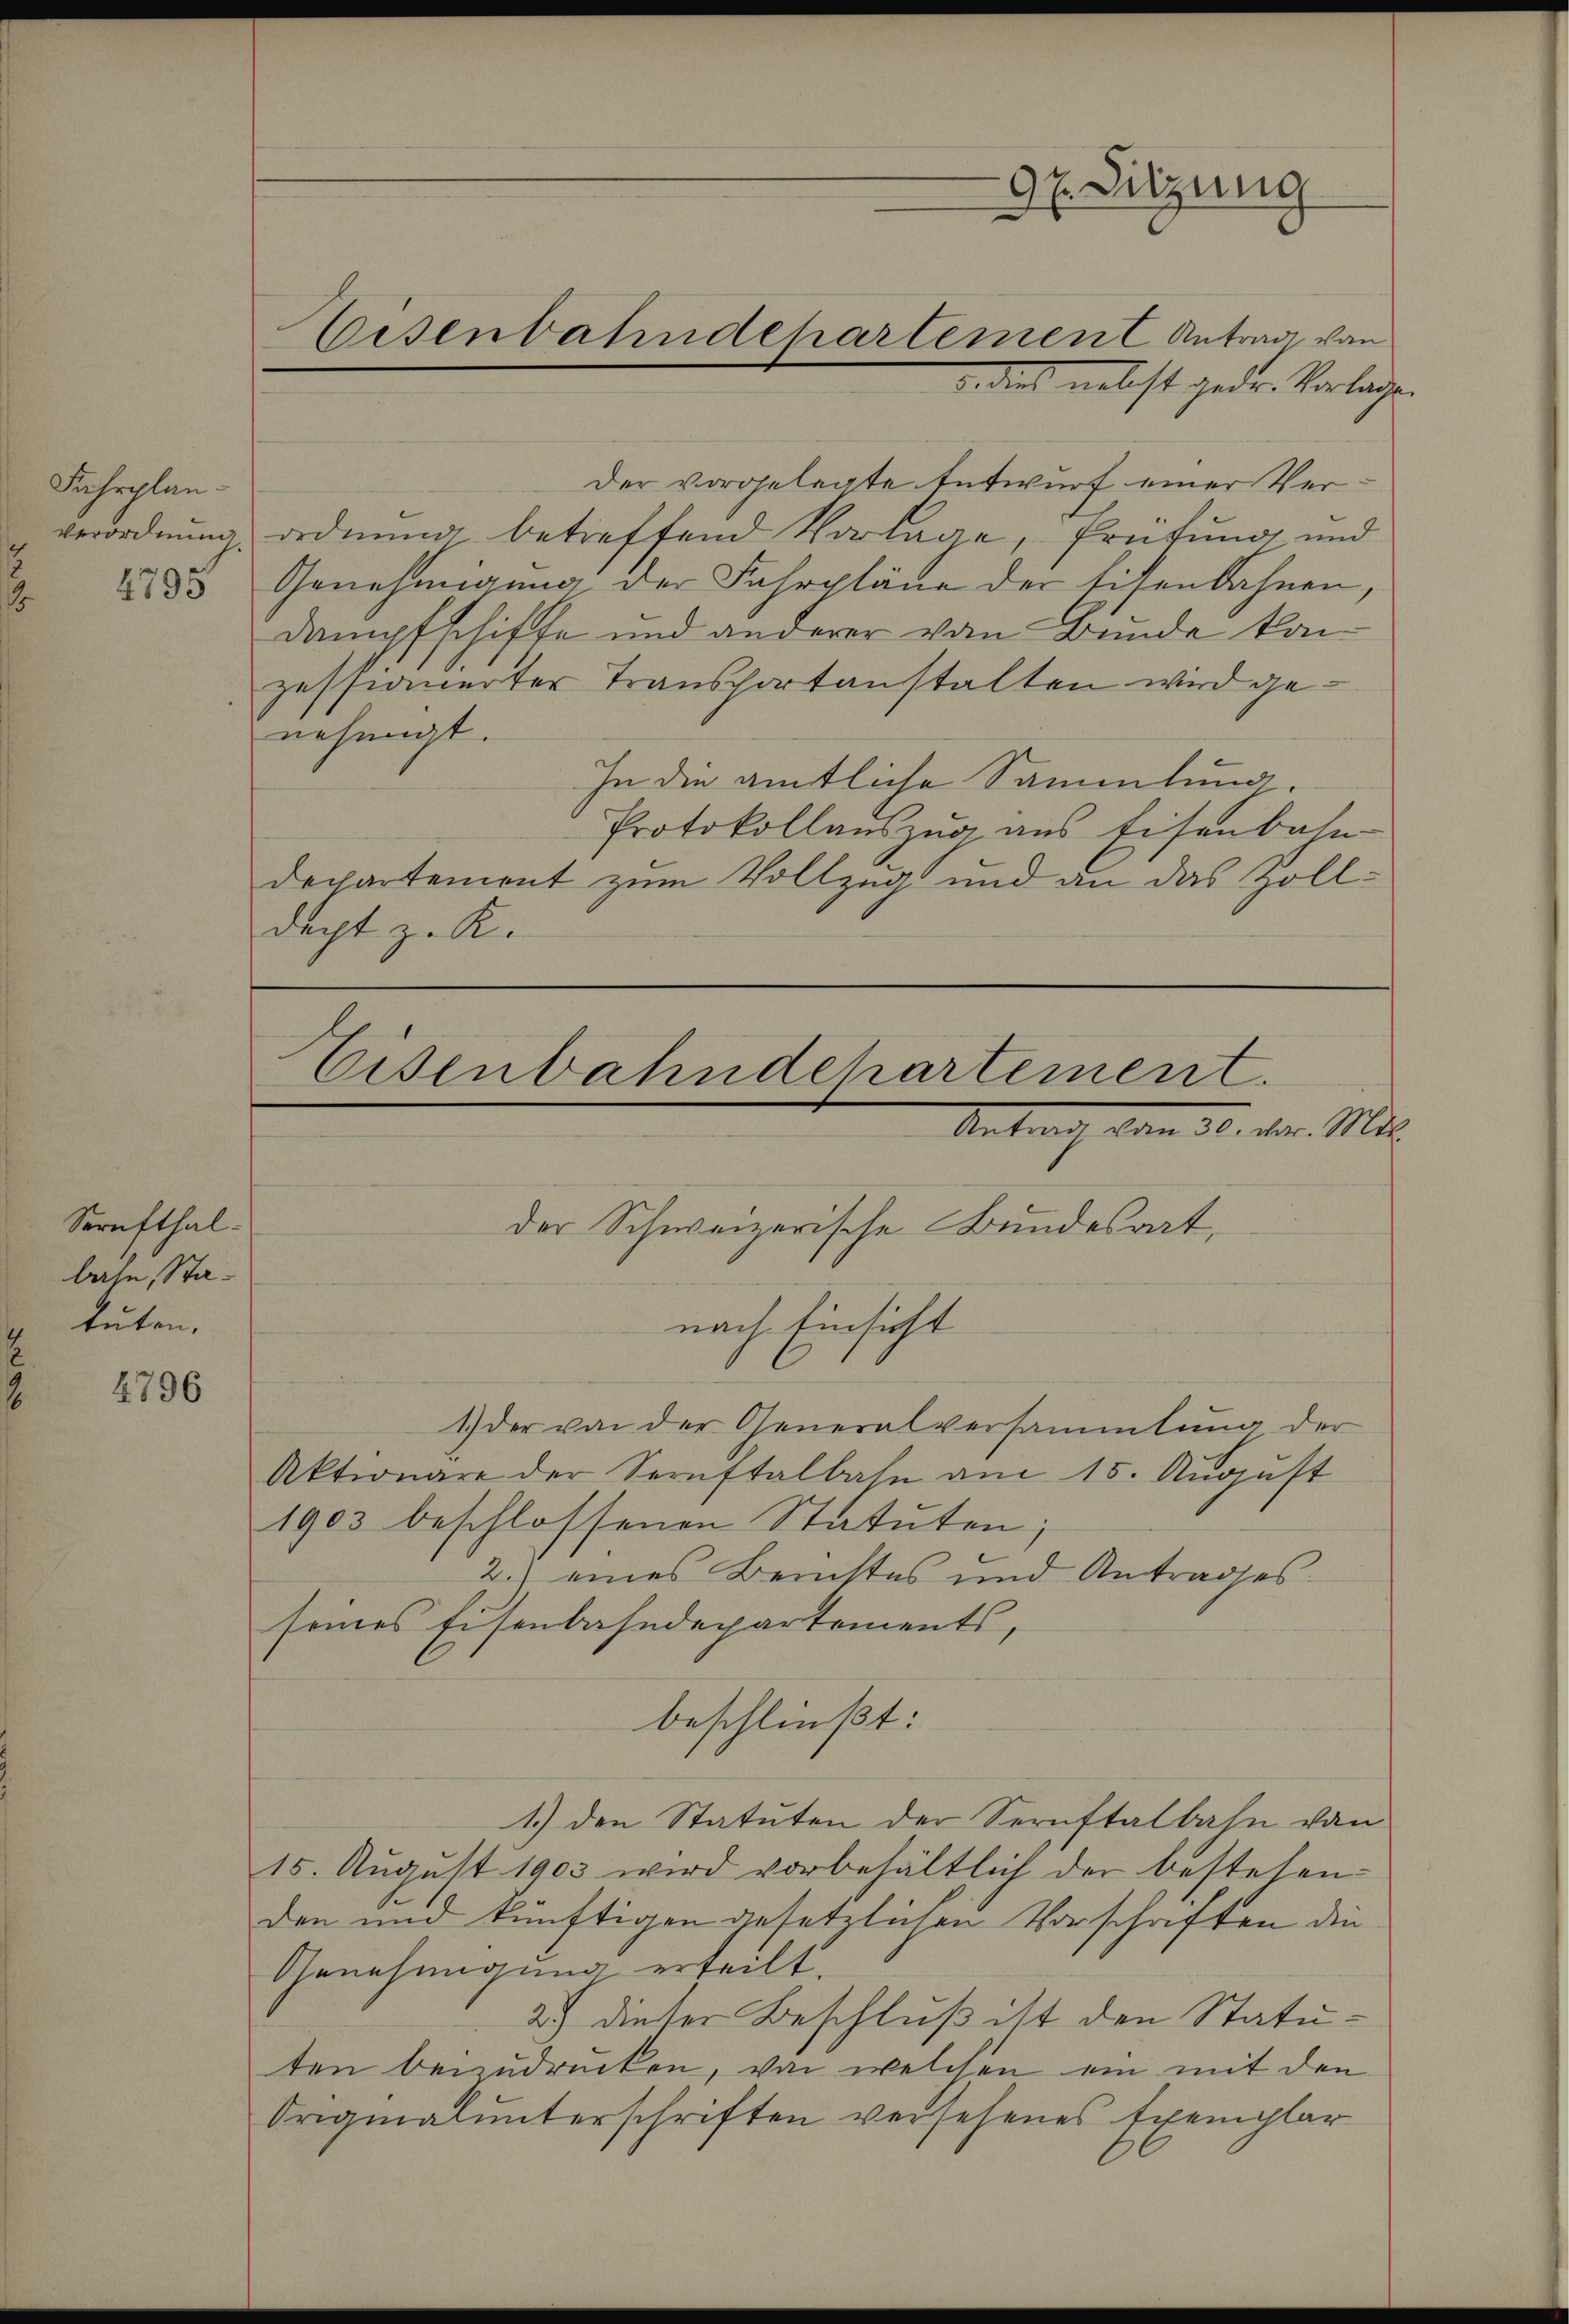
Fahrplan¬
Verordnung.
2795
1

Serufthal-
bahn, Statuten.

4796

d. dies nebst gedr. Vorlage.
Der vorgelegte Entwurf einer Verordnung betreffend Vorlage, Prüfung und
Genehmigung der Fahrpläne der Eisenbahnen,
Dampfschiffe und anderer von Bunde kan
zessiauerter Transportanstalten wird genehmigt.
In die amtliche Sammlung.
Protokollauszug aus Eisenbahn
departement zum Vollzug und an das Zolldacht z. K.

Eisenbahndepartement Antrag von

97. Sitzung

der Schweizerische Bundesrat,
nach Einsicht
1) der von der Generalversammlung der
Aktionare der Sernstalbahn am 15. August
1903 beschlossenen Statuten;
2.) eines Berichtes und Antrages
seines Eisenbahndepartements,
beschließt:
1.) den Statuten der Sernstalbahn von
15. Aŭgŭst 1903 wird vorbehältlich der bestehen
den und künftigen gesetzlichen Vorschaften die
Genehmigung erteilt
2.) dieser Beschluß ist den Statuten beizudrucken, von welchen ein mit den
Originalunterschriften versehenes Exemplar

Eisenbahndchartement.
Antrach vom 30. d. Mts.